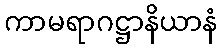
ကာမရာဂဋ္ဌာနိယာနံ